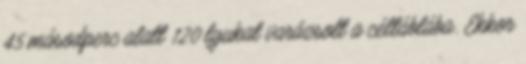
45 másodperc alatt 120 lyukat varázsolt a céltáblába. Ekkor